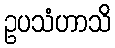
ဥပသံဟာသိ